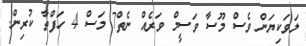
ލަވަކިޔަން ވެސް މޫސާ ވަސީމް ވަރެއް ނެތް7 މަސް 4 ހަފްތާ ކުރިން.